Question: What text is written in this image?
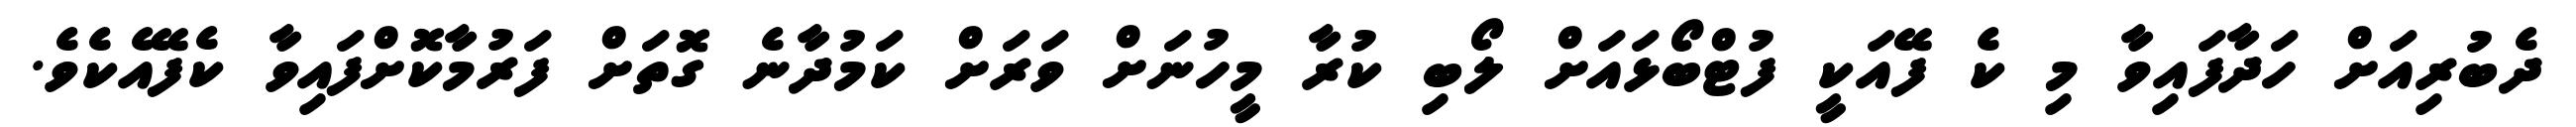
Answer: ދެބުރިއަށް ހަދާފައިވާ މި ކެ ފޭއަކީ ފުޓްބޯޅައަށް ލޯބި ކުރާ މީހުނަށް ވަރަށް ކަމުދާނެ ގޮތަށް ފަރުމާކޮށްފައިވާ ކެފޭއެކެވެ.